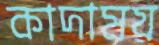
কাদাময়